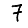
Digit: 7